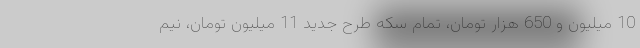
10 میلیون و 650 هزار تومان، تمام سکه طرح جدید 11 میلیون تومان، نیم